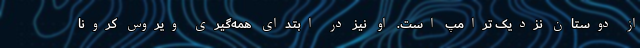
از دوستان نزدیک ترامپ است. او نیز در ابتدای همه‌گیری ویروس کرونا